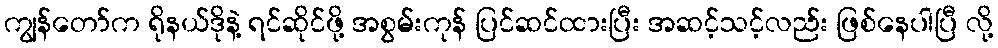
ကျွန်တော်က ရိုနယ်ဒိုနဲ့ ရင်ဆိုင်ဖို့ အစွမ်းကုန် ပြင်ဆင်ထားပြီး အဆင့်သင့်လည်း ဖြစ်နေပါပြီ လို့